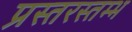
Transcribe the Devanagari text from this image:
प्रस्तरस्तम्भ